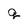
Character: g